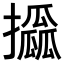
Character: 𢸖